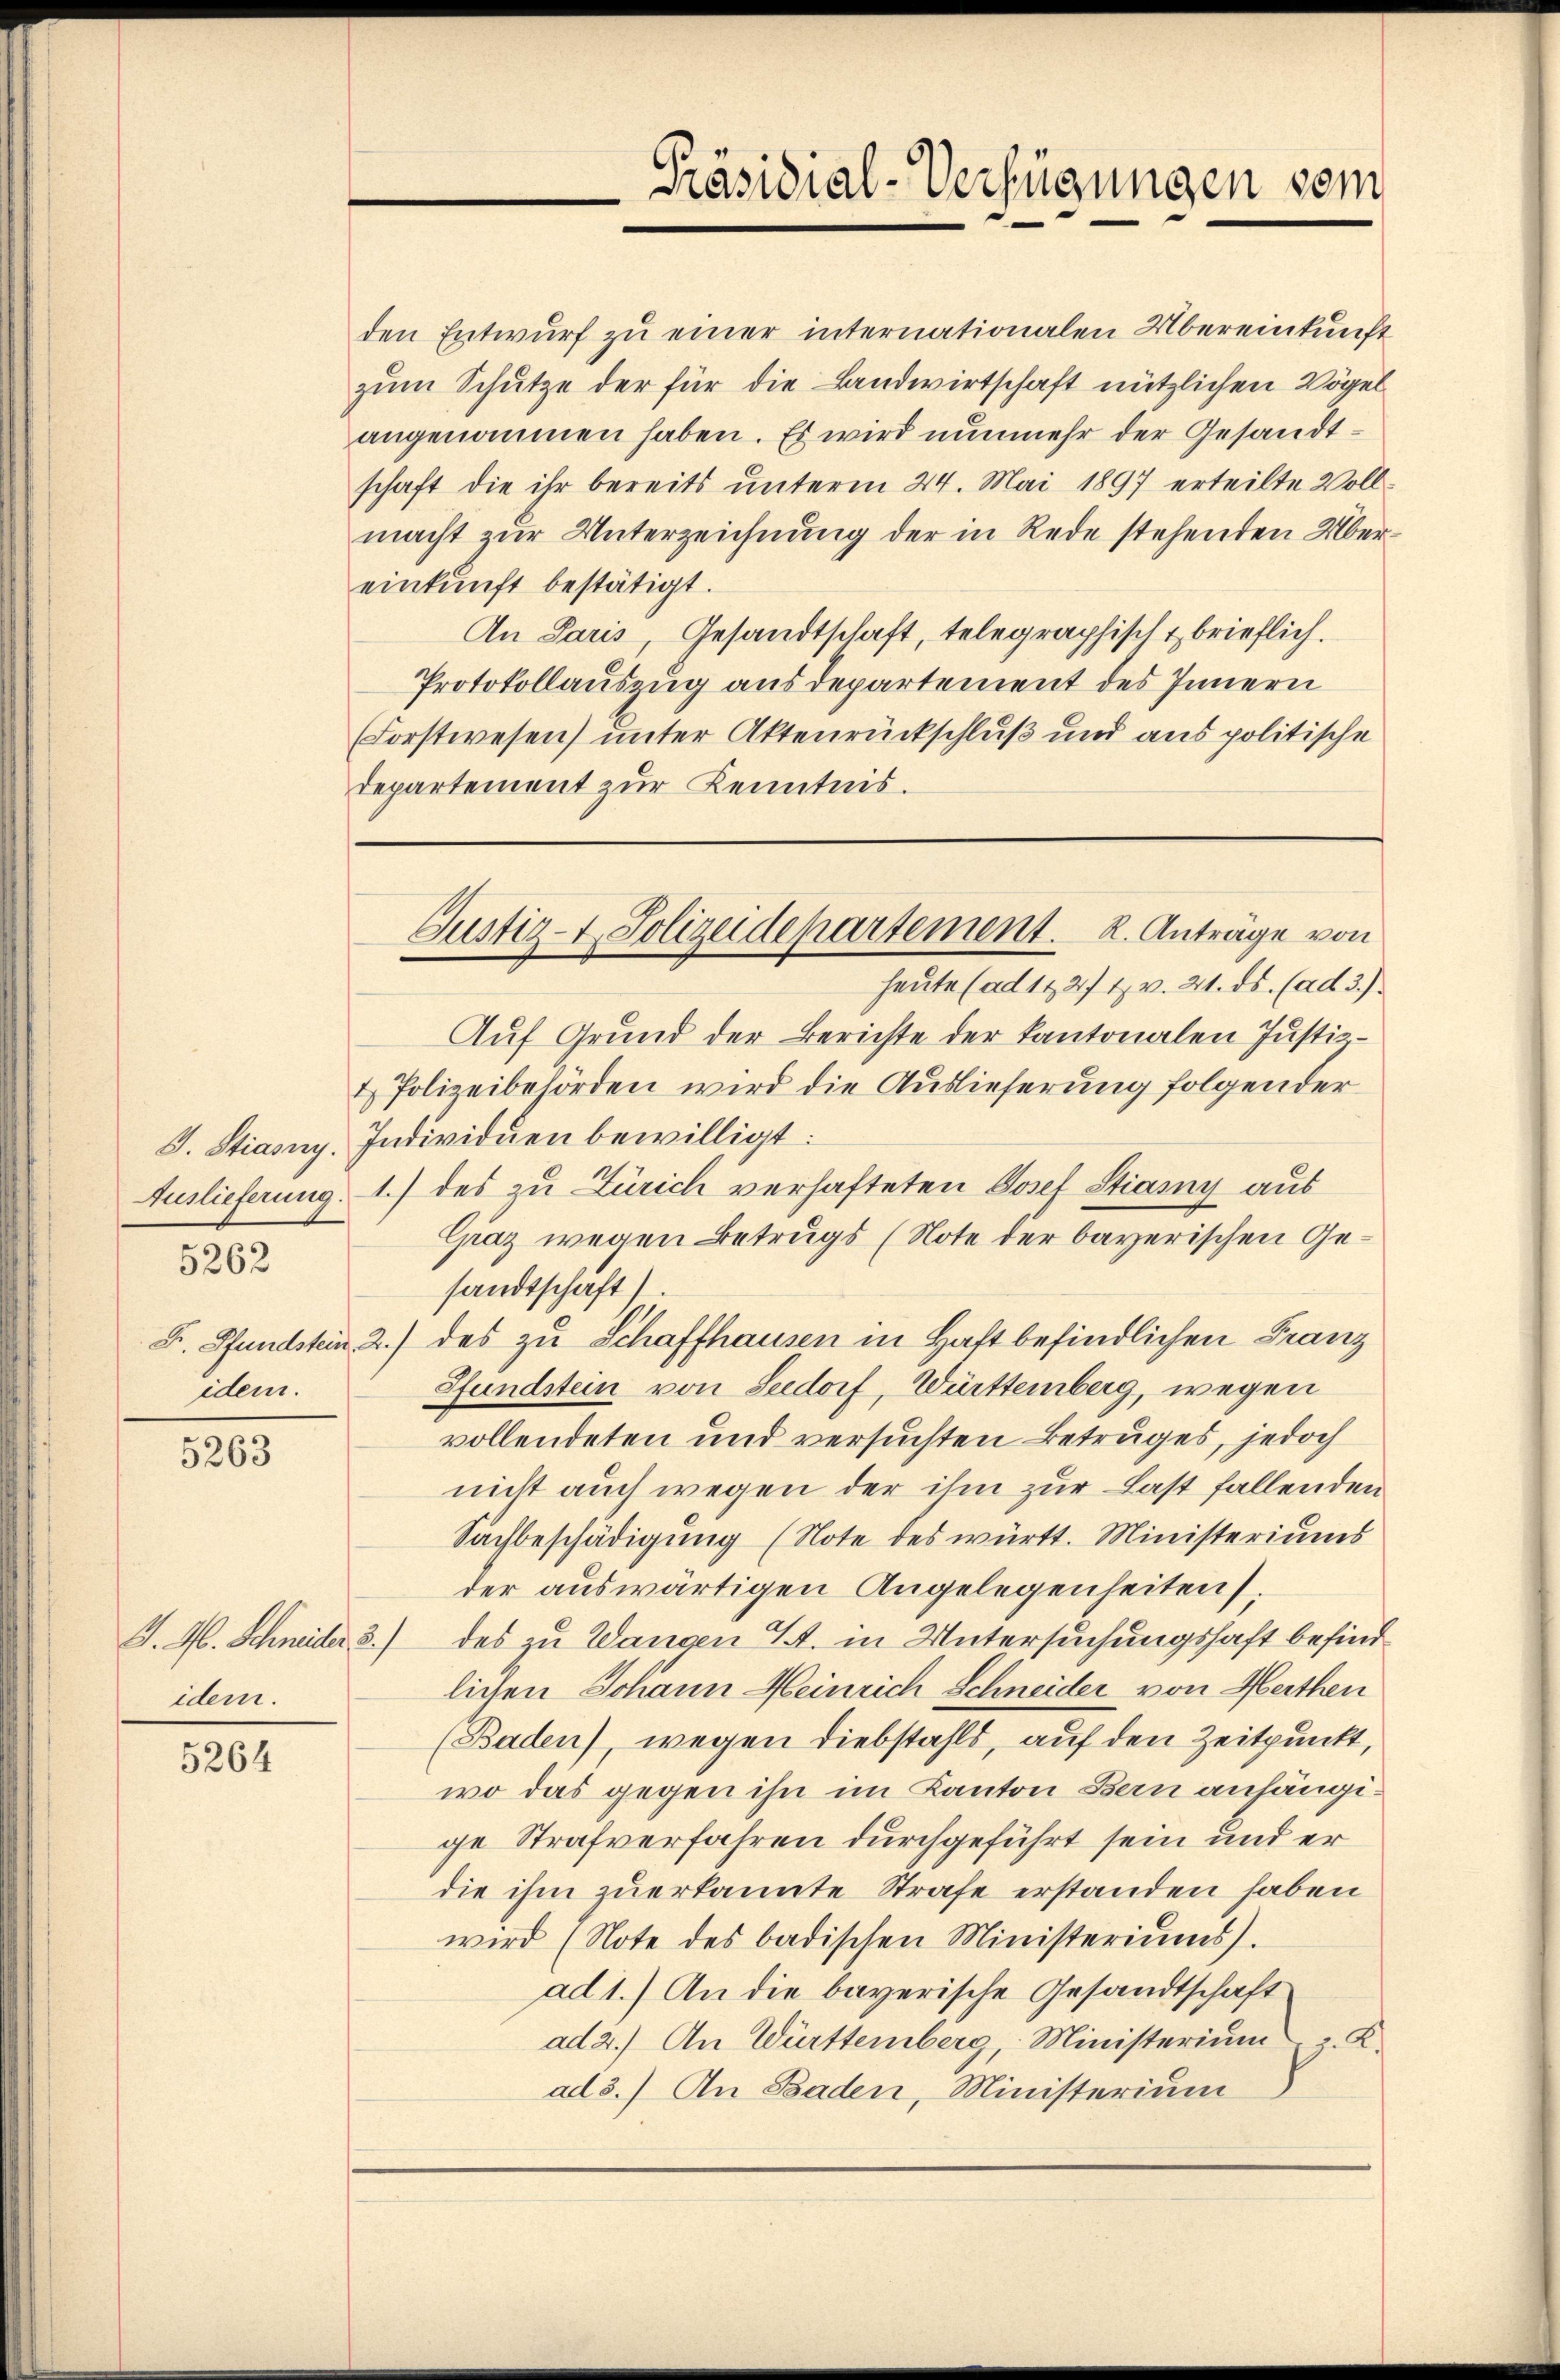
5262

idem.

5263

idem.

5264

den Entwŭrf zu einer internationalen Übereinkunft
zum Schutze der für die Landwirtschaft nützlichen Vögel
angenommen haben. Es wird nunmehr der Gesandtschaft die ihr bereits unterm 24. Mai 1897 erteilte Vollmacht zur Unterzeichnung der in Rede stehenden Übereinkunft bestätigt.
An Paris, Gesandtschaft, telegraphisch & brieflich.
Protokollauszug aus departement des Innern
Forstwesen) unter Aktenrückschluß und aus politische
departement zur Kenntnis.

Präsidial-Verfügungen vom

Auf Grund der Berichte der Kantonalen Justiz-
& Polizeibehörden wird die Auslieferung folgender
J. Stiasny. Individuen bewilligt:
Auslieferung 1.) des zu Zürich verhafteten Josef Stiamy aus
Graz wegen Betrugs (Note der bayerischen Gesandtschaft).
F. Pfandstein 2.) des zu Schaffhausen in Haft befindlichen Franz
Pfundstein von Seedorf, Württemberg, wegen
vollendeten und versuchten Betruges, jedoch
nicht auch wegen der ihm zur Last fallenden
Sachbeschädigung (Note des württ. Ministeriums
der auswärtigen Angelegenheiten
J. M. Schneider 3.) des zu Wangen 4. in Untersuchungshaft befindlichen Johann Meinrich Schneider von Marthen
(Baden), wegen Diebstahls, auf den Zeitpunkt,
wo das gegen ihn im Kanton Bern anhängige Strafverfahren durchgeführt sein und er
die ihm zuerkannte Strafe erstanden haben
wird (Note des badischen Ministeriums).
ad 1.) An die bayerische Gesandtschaft
ad 2.) An Württemberg, Ministerium. K.
ad 3.) An Baden, Ministerium

Justiz- & Polizeidepartement. 2. Anträge von
heute (ad 11 27 t v. 21. ds. (ad 3.)